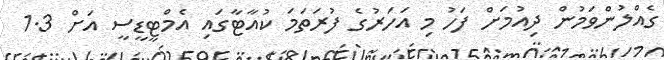
ގެއްލުންވަމުން ދިއުމަށް ފަހު މި އަހަރުގެ ފުރަތަމަ ކުއާޓާގައި އެމްޓީޑީސީ އަށް 1.3